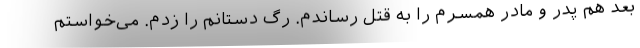
بعد هم پدر و مادر همسرم را به قتل رساندم. رگ دستانم را زدم. می‌خواستم